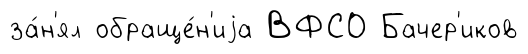
за́н'ял обраще́н'иjа ВФСО Бачер'иков